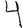
Digit: 4